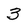
Character: 3